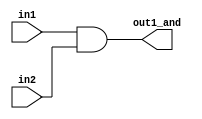
// Code is exactly the same as in https://github.com/mozerpol/learningVerilog/blob/main/twoSeparateGates/design.v repository
module and_area( // after keyword "module" is its name and portlist
  input wire in1,
  input wire in2,
  output wire out1_and
);

  // If we see "assign" it means, that it's register level
  assign out1_and = in1 & in2;
  // and(out1_and, in1, in2); // If we see gates, it means that it's gate level.
endmodule

module gates_area(
  input wire in1,
  input wire in2,
  input wire in3,
  output wire out_or
);

  wire internal_wire; // Variable for our internal purposes

  and_area A1(in1, in2, internal_wire);
  or(out_or, in3, internal_wire); // It's gate level, gate_name(output,input,input);
endmodule